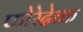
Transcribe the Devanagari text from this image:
फोरेदेच्क